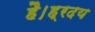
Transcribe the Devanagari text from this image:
है।ह्रदय